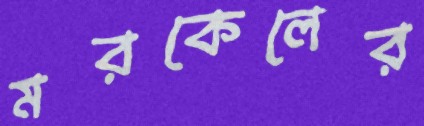
মরকেলের